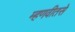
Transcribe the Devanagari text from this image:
म्हणवीतसे